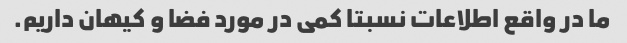
ما در واقع اطلاعات نسبتا کمی در مورد فضا و کیهان داریم.